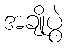
အချိုပွဲ